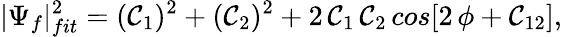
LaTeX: |\Psi_{f}|_{fit}^{2}=(\mathcal{C}_{1})^{2}+(\mathcal{C}_{2})^{2}+2\, \mathcal{C}_{1}\, \mathcal{C}_{2}\, cos[2\, \phi+\mathcal{C}_{12}],